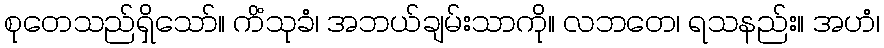
စုတေသည်ရှိသော်။ ကိံသုခံ၊ အဘယ်ချမ်းသာကို။ လဘတေ၊ ရသနည်း။ အဟံ၊